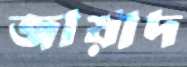
জায়াদ